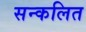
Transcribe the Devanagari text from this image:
सन्कलित